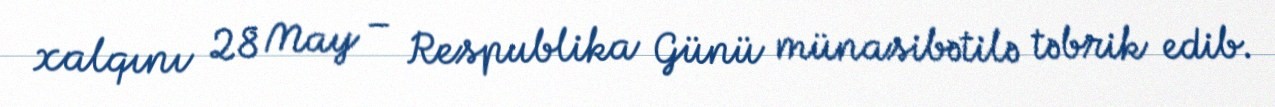
xalqını 28 May – Respublika Günü münasibətilə təbrik edib.